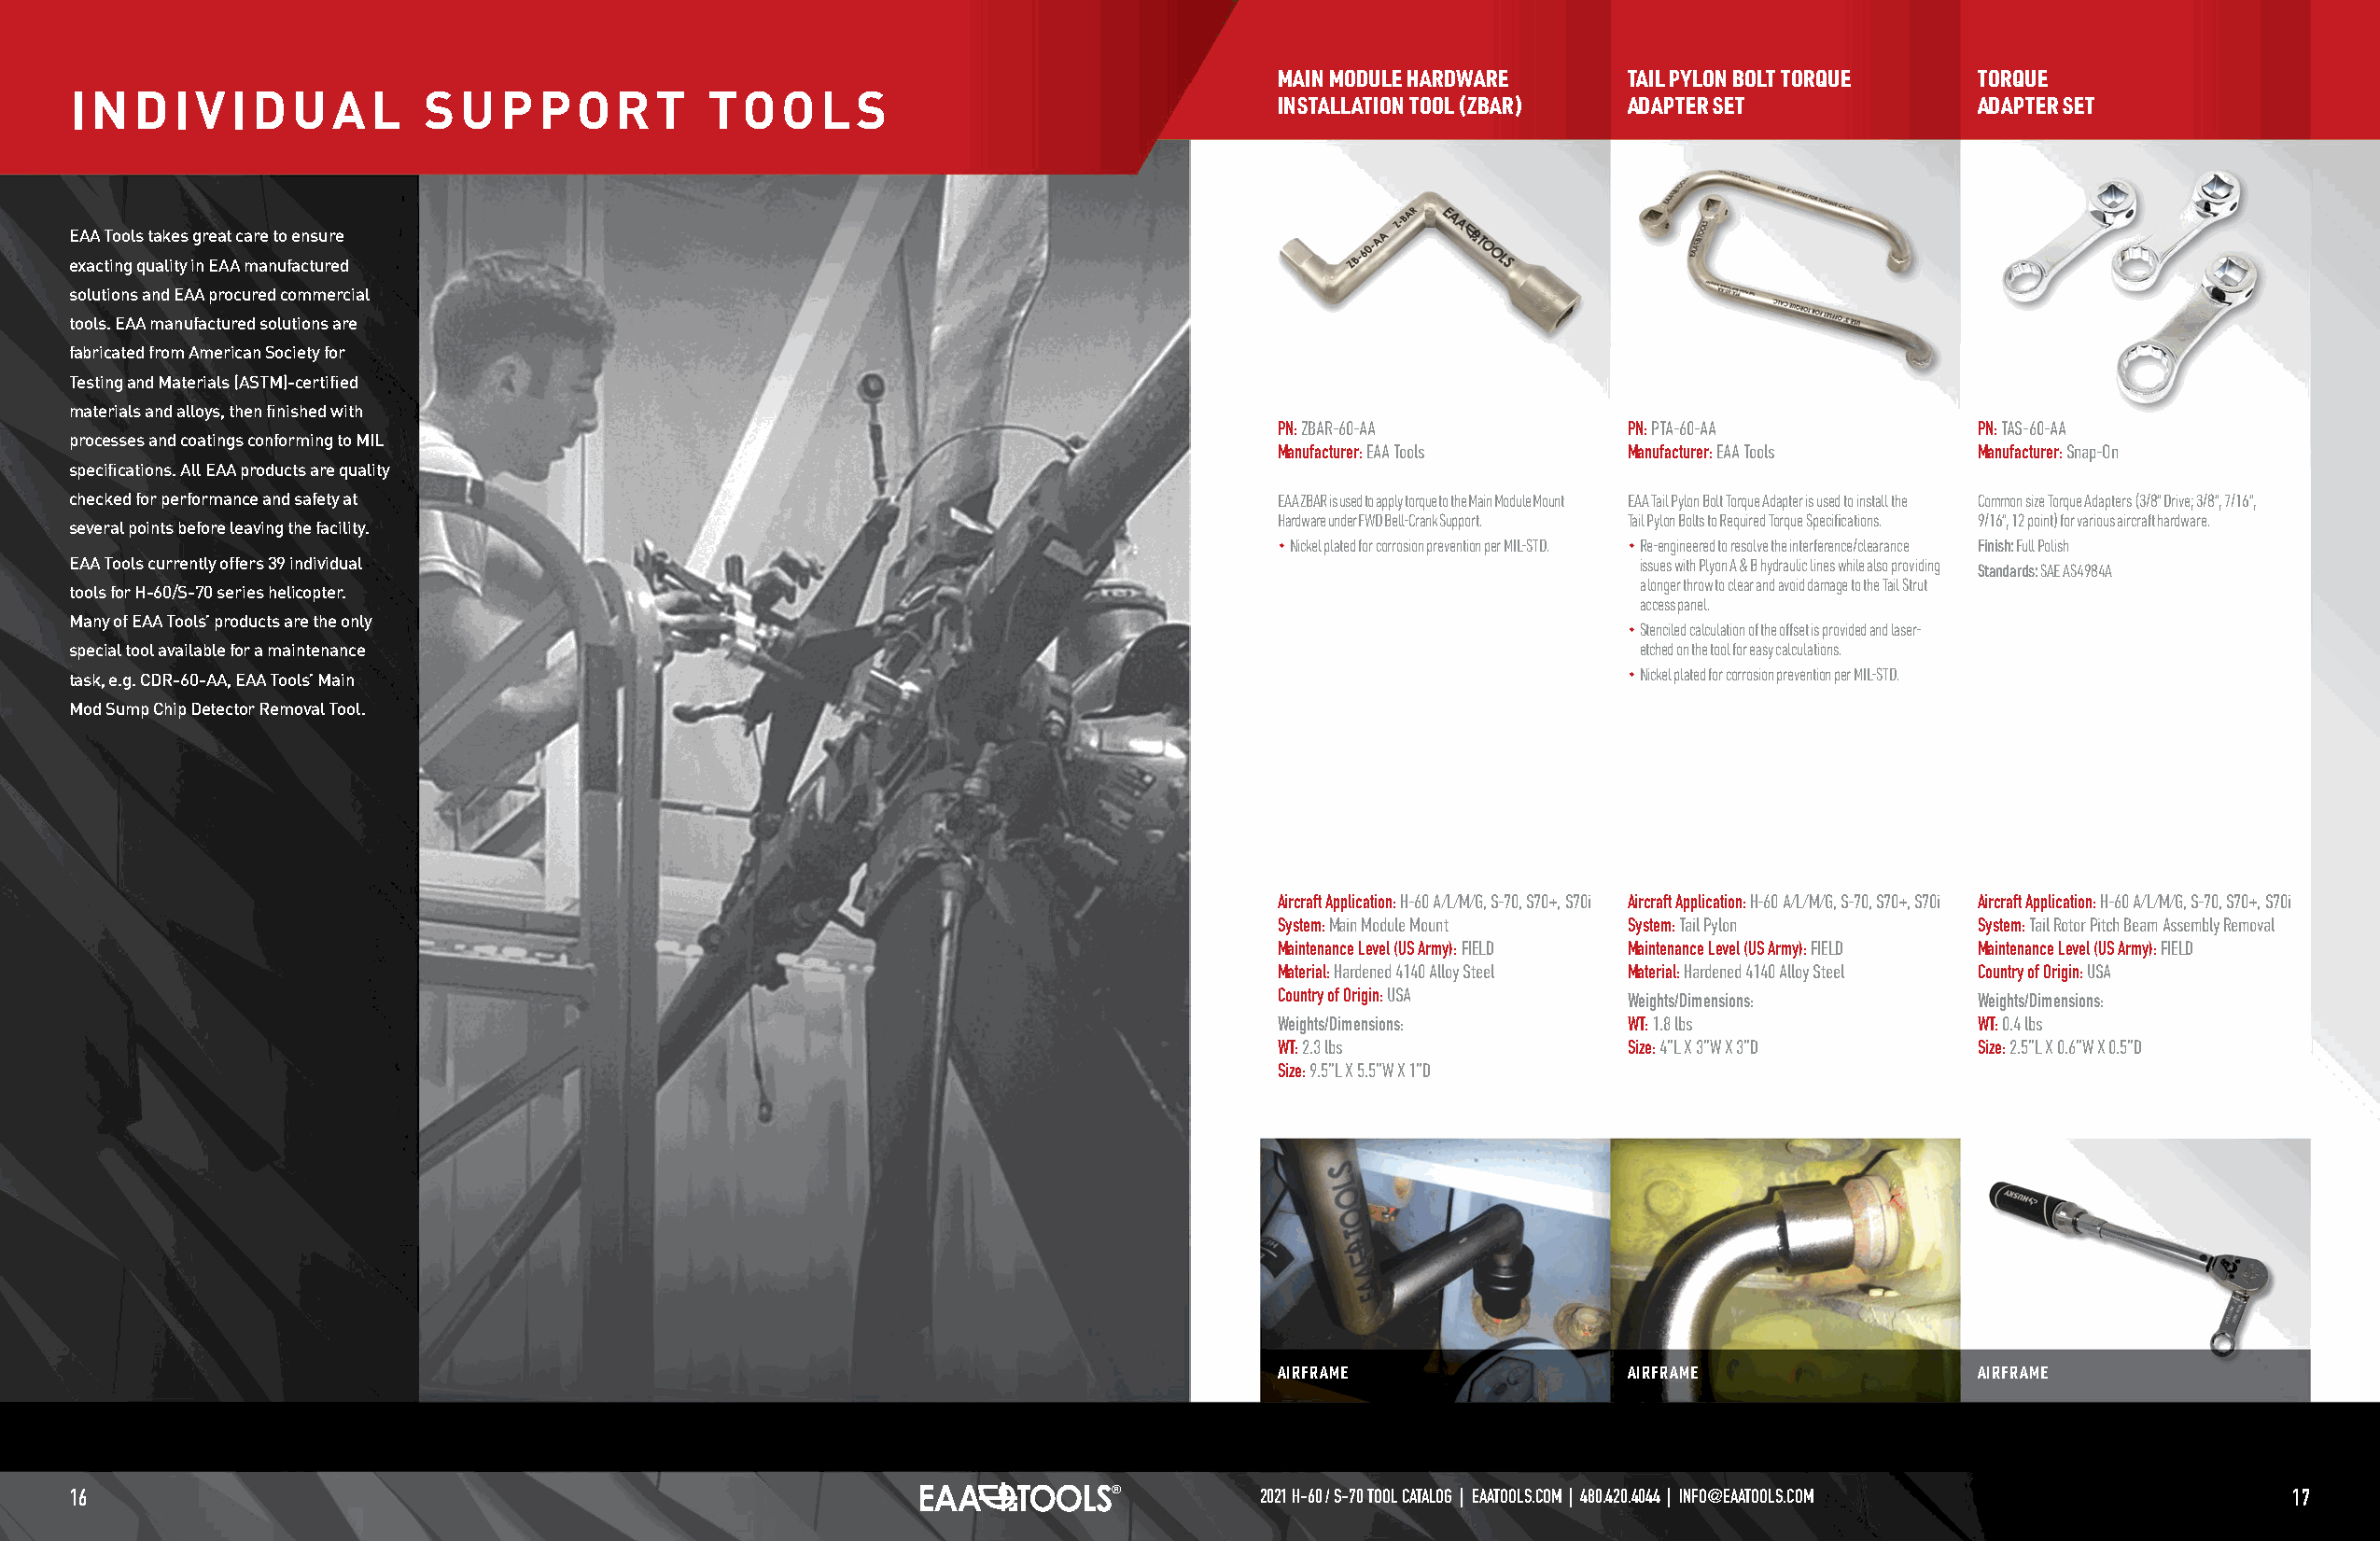
MAIN MODULE HARDWARE    TAIL PYLON BOLT TORQUE   TORQUE
 INDIVIDUAL               SUPPORT             TOOLS
 INSTALLATION TOOL (ZBAR) ADAPTER SET             ADAPTER SET
 EAA Tools takes great care to ensure
 exacting quality in EAA manufactured
 solutions and EAA procured commercial
 tools. EAA manufactured solutions are
 fabricated from American Society for
 Testing and Materials (ASTM)-certified
 materials and alloys, then finished with
 PN: ZBAR-60-AA          PN: PTA-60-AA            PN: TAS-60-AA
 processes and coatings conforming to MIL
 Manufacturer: EAA Tools Manufacturer: EAA Tools  Manufacturer: Snap-On
 specifications. All EAA products are quality
 checked for performance and safety at                                                 EAA ZBAR is used to apply torque to the Main Module Mount EAA Tail Pylon Bolt Torque Adapter is used to install the Common size Torque Adapters (3/8” Drive; 3/8”, 7/16”,
 Hardware under FWD Bell-Crank Support. Tail Pylon Bolts to Required Torque Specifications. 9/16”, 12 point) for various aircraft hardware.
 several points before leaving the facility.
  Nickel plated for corrosion prevention per MIL-STD.  Re-engineered to resolve the interference/clearance Finish: Full Polish
 EAA Tools currently offers 39 individual                                                                       issues with Plyon A & B hydraulic lines while also providing Standards: SAE AS4984A
 a longer throw to clear and avoid damage to the Tail Strut
 tools for H-60/S-70 series helicopter.
 access panel.
 Many of EAA Tools’ products are the only
  Stenciled calculation of the offset is provided and laser-
 special tool available for a maintenance                                                                       etched on the tool for easy calculations.
 task, e.g. CDR-60-AA, EAA Tools’ Main                                                                          Nickel plated for corrosion prevention per MIL-STD.
 Mod Sump Chip Detector Removal Tool.
 Aircraft Application: H-60 A/L/M/G, S-70, S70+, S70i Aircraft Application: H-60 A/L/M/G, S-70, S70+, S70i Aircraft Application: H-60 A/L/M/G, S-70, S70+, S70i
 System: Main Module Mount System: Tail Pylon     System: Tail Rotor Pitch Beam Assembly Removal
 Maintenance Level (US Army): FIELD Maintenance Level (US Army): FIELD Maintenance Level (US Army): FIELD
 Material: Hardened 4140 Alloy Steel Material: Hardened 4140 Alloy Steel Country of Origin: USA
 Country of Origin: USA  Weights/Dimensions:      Weights/Dimensions:
 Weights/Dimensions:     WT: 1.8 lbs              WT: 0.4 lbs
 WT: 2.3 lbs             Size: 4”L X 3”W X 3”D    Size: 2.5”L X 0.6”W X 0.5”D
 Size: 9.5”L X 5.5”W X 1”D
 AIRFRAME                AIRFRAME                 AIRFRAME
 16                                                                                  2021 H-60 / S-70 TOOL CATALOG | EAATOOLS.COM | 480.420.4044 | INFO@EAATOOLS.COM 17